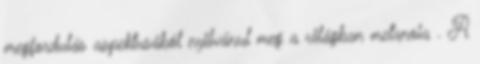
megfordulás aspektusából nyilvánul meg a világban metanoia . A